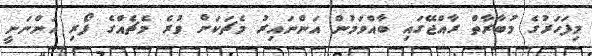
މިފަހަރުގެ މުބާރާތް ރާއްޖޭގައި ބާއްވަމުން އަންނައިރު މެޗަކަށް ވުރެ މެޗެއްގެ ފޯރި އަންނަނީ